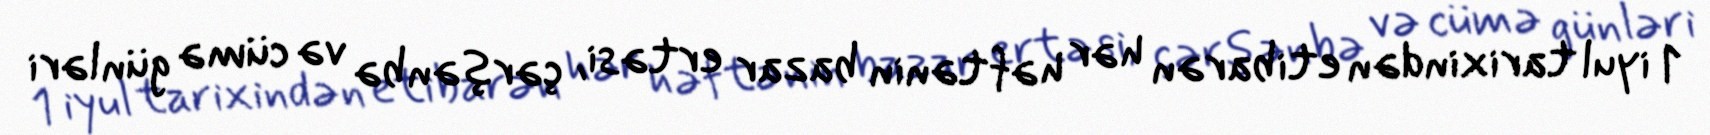
1 iyul tarixindən etibarən hər həftənin bazar ertəsi, çərşənbə və cümə günləri